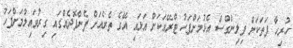
ހުރިހާ ފަތަކަށް ފިލިންގްސް އެޅުމަށްފަހު ޓްރޭއަކަށް އަޅައި އޭގެ ތެރެއަށް ފެންފޮދެއްގައި ގިރުވައިލުމަށްފަހު